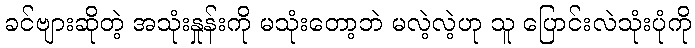
ခင်ဗျားဆိုတဲ့ အသုံးနှုန်းကို မသုံးတော့ဘဲ မလဲ့လဲ့ဟု သူ ပြောင်းလဲသုံးပုံကို